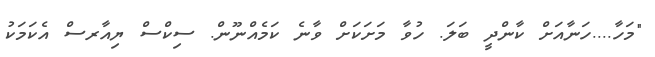
"މަހާ....ހަނާއަށް ކާންދީ ބަލަ. ހުވާ މަށަކަށް ވާނެ ކަމެއްނޫން. ސިކްސް ޔިއާރސް އެކަމަކު